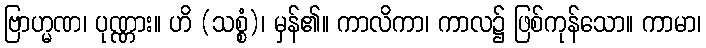
ဗြာဟ္မဏ၊ ပုဏ္ဏား။ ဟိ (သစ္စံ)၊ မှန်၏။ ကာလိကာ၊ ကာလ၌ ဖြစ်ကုန်သော။ ကာမာ၊